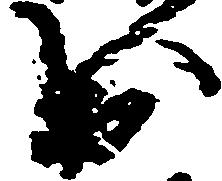
出